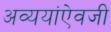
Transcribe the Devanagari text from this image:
अव्ययांऐवजी